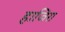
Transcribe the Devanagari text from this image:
हाजिरा